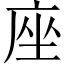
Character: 座